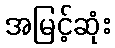
အမြင့်ဆုံး